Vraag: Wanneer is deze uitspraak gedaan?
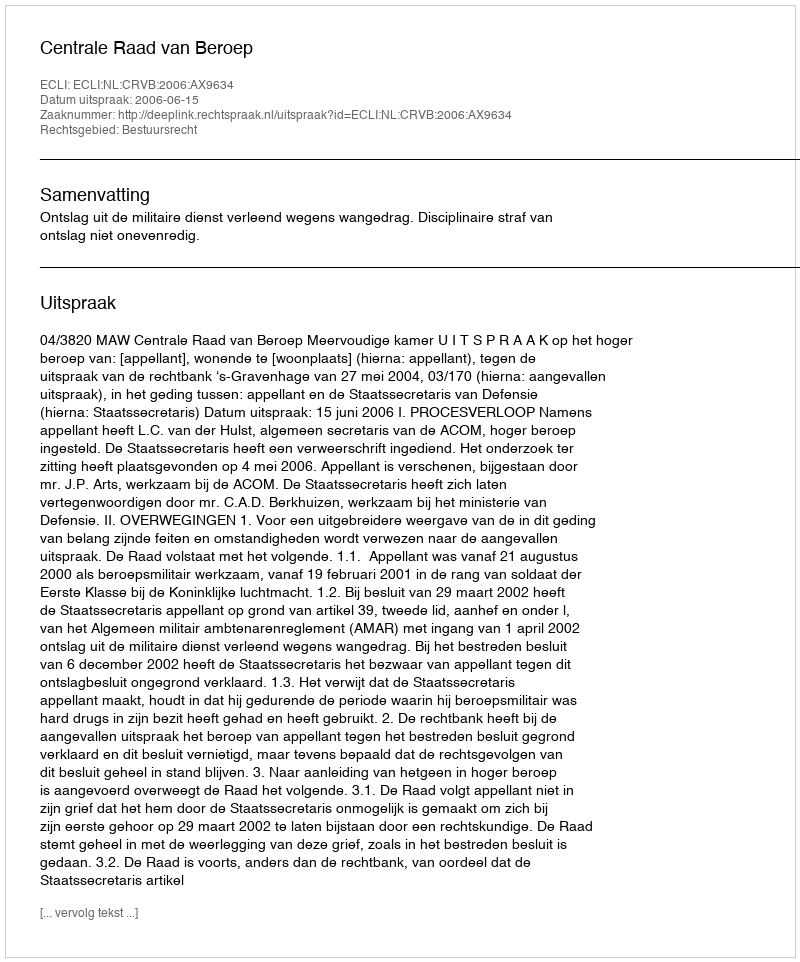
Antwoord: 2006-06-15